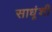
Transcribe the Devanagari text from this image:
साधूंशी